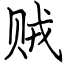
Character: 贼